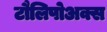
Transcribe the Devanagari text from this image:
टौलिपोअक्स